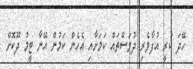
ހޭދަ ކުރީ އުފާވެރި ދުވަސްތައް ކަމަށާއި އެހެން ކަމުން އޭނާ ޓީމު ދޫކޮށް